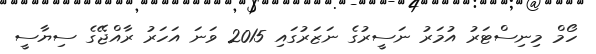
ހޯމް މިނިސްޓަރު އުމަރު ނަސީރުގެ ނަޒަރުގައި 2015 ވަަނަ އަހަރު ރާއްޖޭގެ ސިޔާސީ